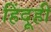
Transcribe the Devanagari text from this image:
हिंदूही